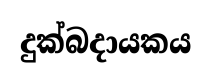
දුක්බදායකය